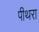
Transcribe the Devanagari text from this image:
पीथरा